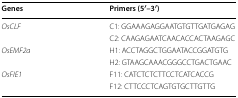
| Genes | Primers (5′–3′) |
 | --- | --- |
 | <ROWSPAN=2> OsCLF | C1: GGAAAGAGGAATGTGTTGATGAGAG |
 | C2: CAAGAGAATCAACACCACTAAGAGC |
 | <ROWSPAN=2> OsEMF2a | H1: ACCTAGGCTGGAATACCGGATGTG |
 | H2: GTAAGCAAACGGGCCTGACTGAAC |
 | <ROWSPAN=2> OsFIE1 | F11: CATCTCTCTTCCTCATCACCG |
 | F12: CTTCCCTCAGTGTGCTTGTTG |